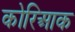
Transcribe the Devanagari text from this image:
कोरिआक